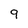
Character: 9